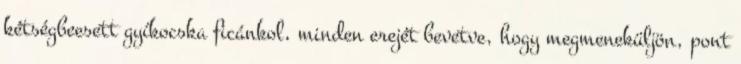
kétségbeesett gyíkocska ficánkol, minden erejét bevetve, hogy megmeneküljön, pont